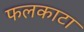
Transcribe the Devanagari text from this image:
फलकाटा